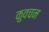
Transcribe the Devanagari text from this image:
कुवचन